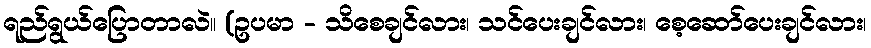
ရည်ရွယ်ပြောတာလဲ။ (ဥပမာ - သိစေချင်လား၊ သင်ပေးချင်လား၊ စေ့ဆော်ပေးချင်လား၊